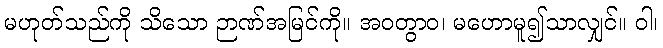
မဟုတ်သည်ကို သိသော ဉာဏ်အမြင်ကို။ အဝတွာဝ၊ မဟောမူ၍သာလျှင်။ ဝါ၊